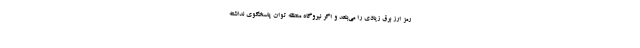
رمز ارز برق زیادی را می‌بلعد و اگر نیروگاه منطقه توان پاسخگوی نداشته